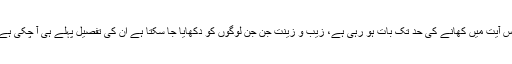
اس آیت میں کھانے کی حد تک بات ہو رہی ہے، زیب و زینت جن جن لوگوں کو دکھایا جا سکتا ہے اُن کی تفصیل پہلے ہی آ چکی ہے۔